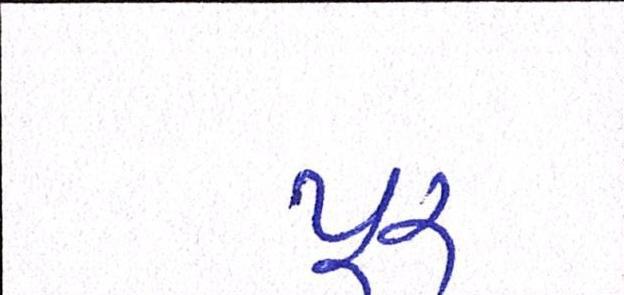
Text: પૂર